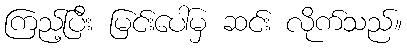
ကြည့်ပြီး မြင်းပေါ်မှ ဆင်း လိုက်သည်။